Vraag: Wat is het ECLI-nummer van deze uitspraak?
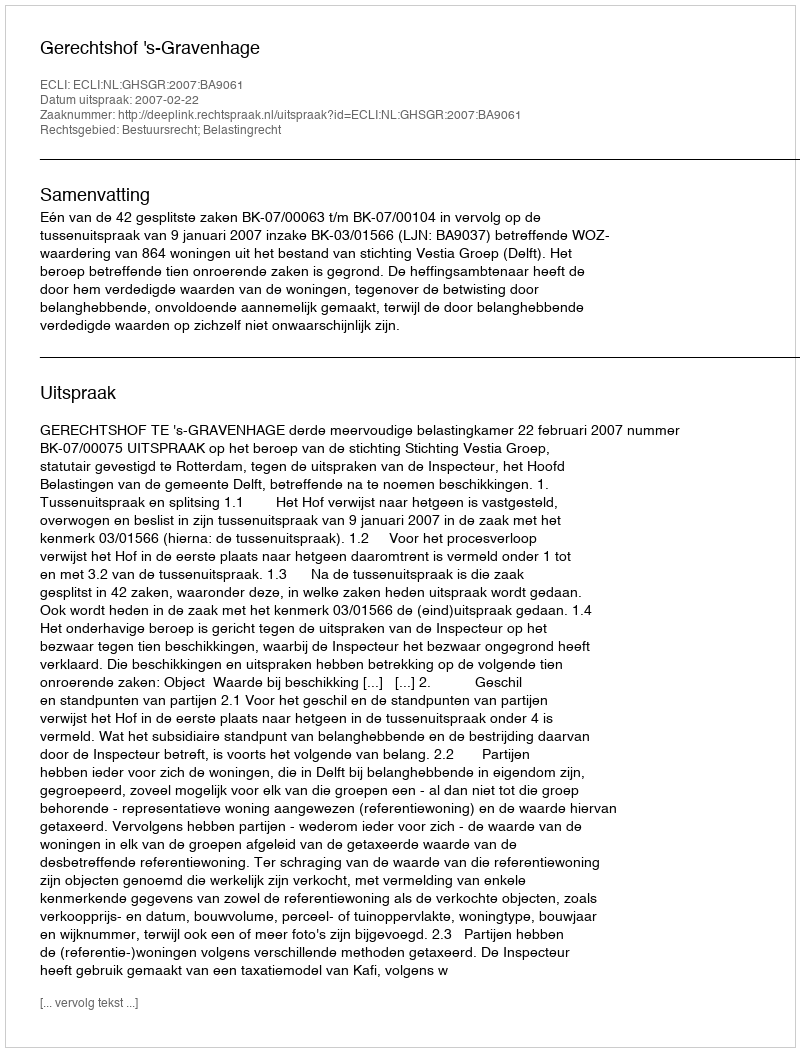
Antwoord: ECLI:NL:GHSGR:2007:BA9061